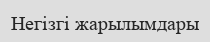
Негізгі жарылымдары